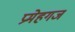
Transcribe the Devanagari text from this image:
प्रमेहगज